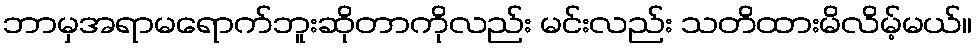
ဘာမှအရာမရောက်ဘူးဆိုတာကိုလည်း မင်းလည်း သတိထားမိလိမ့်မယ်။